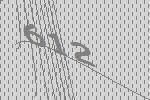
612